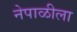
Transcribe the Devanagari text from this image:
नेपाळीला